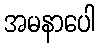
အမနာပေါ